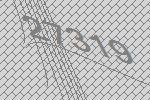
27319